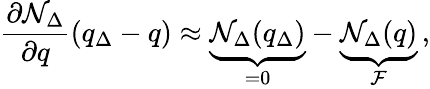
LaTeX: \frac{\partial\mathcal{N}_{\Delta}}{\partial q}\left(q_{\Delta}-q\right)\approx\underbrace{\mathcal{N}_{\Delta}(q_{\Delta})}_{=0}-\underbrace{\mathcal{N}_{\Delta}(q)}_{\mathcal{F}}\, ,